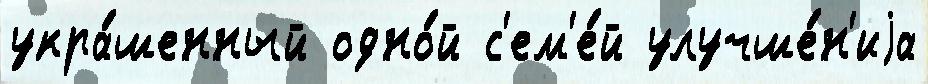
укра́шенный одно́й с'ем'е́й улучше́н'иjа